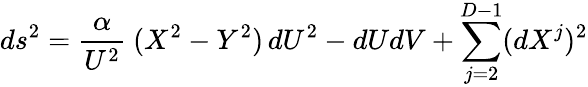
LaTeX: ds^{2}=\frac{\alpha}{U^{2}}~(X^{2}-Y^{2})\, dU^{2}-dUdV+\sum_{j=2}^{D-1}(dX^{j})^{2}